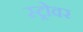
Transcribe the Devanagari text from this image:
स्ट्रोवर